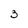
Character: 3